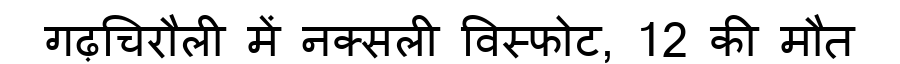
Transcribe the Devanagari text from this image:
गढ़चिरौली में नक्सली विस्फोट, 12 की मौत